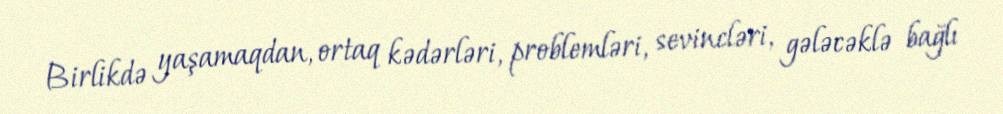
Birlikdə yaşamaqdan, ortaq kədərləri, problemləri, sevincləri, gələcəklə bağlı